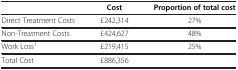
<table><thead><tr><td>[EMPTY_CELL]</td><td><b>Cost</b></td><td><b>Proportion of total cost</b></td></tr></thead><tbody><tr><td>Direct Treatment Costs</td><td>£242,314</td><td>27%</td></tr><tr><td>Non-Treatment Costs</td><td>£424,627</td><td>48%</td></tr><tr><td>Work Loss<sup>1</sup></td><td>£219,415</td><td>25%</td></tr><tr><td>Total Cost</td><td>£886,356</td><td>[EMPTY_CELL]</td></tr></tbody></table>